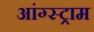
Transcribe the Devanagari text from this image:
आंग्स्ट्राम